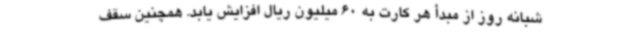
شبانه‌ روز از مبدأ هر کارت به 60 میلیون ریال افزایش یابد. همچنین سقف